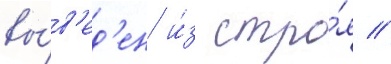
вы́в'ед'ен и́з стро́я //